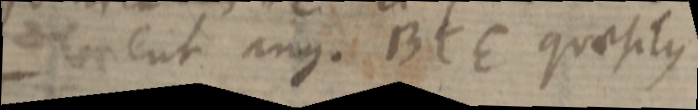
ent ang. BCE quaesitus